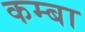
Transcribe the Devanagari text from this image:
कम्बा